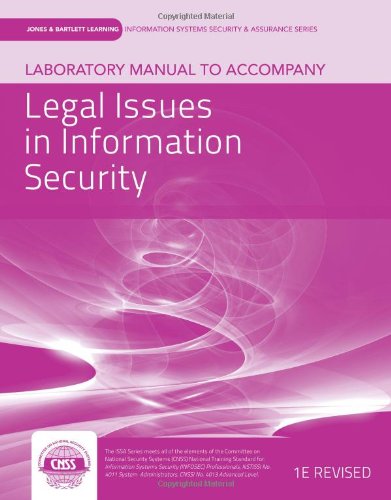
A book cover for Laboratory Manual To Accompany Legal Issues In Information Security (Information Systems Security & Assurance); vLab Solutions; Computers & Technology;